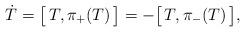
LaTeX: \begin{align*}\dot{T}=\big[\,T,\pi_+(T)\,\big]=-\big[\,T,\pi_-(T)\,\big],\end{align*}